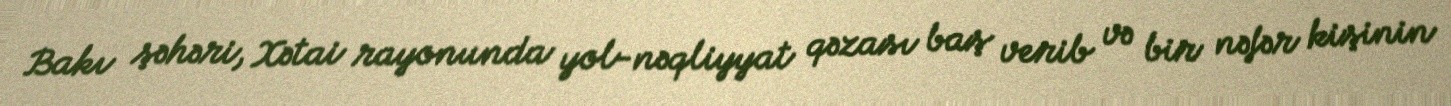
Bakı şəhəri, Xətai rayonunda yol-nəqliyyat qəzası baş verib və bir nəfər kişinin